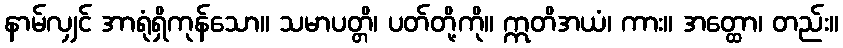
နာမ်လျှင် အာရုံရှိကုန်သော။ သမာပတ္တိ၊ ပတ်တို့ကို။ ဣတိအယံ၊ ကား။ အတ္ထော၊ တည်း။